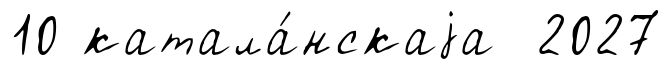
10 катала́нскаjа 2027